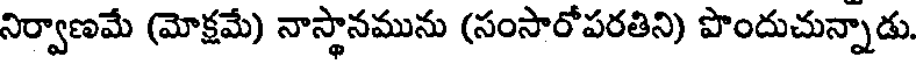
నిర్వాణమే (మోక్షమే) నాస్థానమును (సంసారోపరతిని) పొందుచున్నాడు.